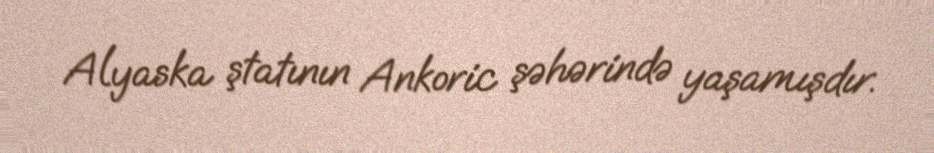
Alyaska ştatının Ankoric şəhərində yaşamışdır.